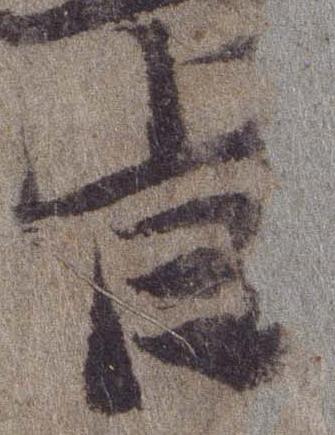
旨